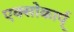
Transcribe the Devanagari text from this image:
एक्सोकार्प्